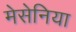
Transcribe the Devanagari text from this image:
मेसेनिया